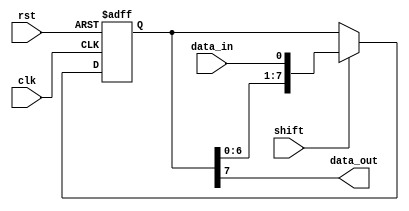
module shift_register(
input wire clk,
input wire rst,
input wire data_in,
input wire shift,
output reg data_out
);

reg [7:0] register;

always @(posedge clk or posedge rst) begin
    if (rst) begin
        register <= 8'b0;
    end else begin
        if (shift) begin
            register <= {register[6:0], data_in};
        end
    end
end

assign data_out = register[7];

endmodule